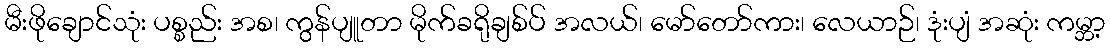
မီးဖိုချောင်သုံး ပစ္စည်း အစ၊ ကွန်ပျူတာ မိုက်ခရိုချစ်ပ် အလယ်၊ မော်တော်ကား၊ လေယာဉ်၊ ဒုံးပျံ အဆုံး ကမ္ဘာ့